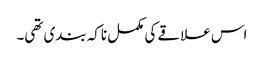
اس علاقے کی مکمل ناکہ بندی تھی۔